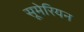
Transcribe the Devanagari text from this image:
सूमेरियन